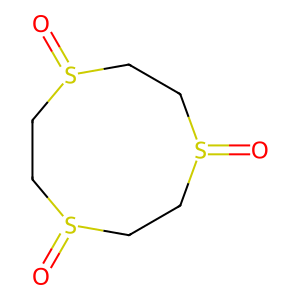
SMILES: O=S1CCS(=O)CCS(=O)CC1
Inhibits HIV replication: No